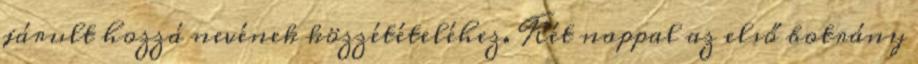
járult hozzá nevének közzétételéhez. Két nappal az első botrány